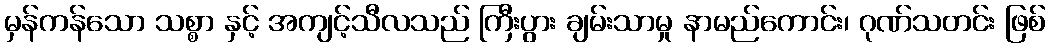
မှန်ကန်သော သစ္စာ နှင့် အကျင့်သီလသည် ကြီးပွား ချမ်းသာမှု နာမည်ကောင်း၊ ဂုဏ်သတင်း ဖြစ်